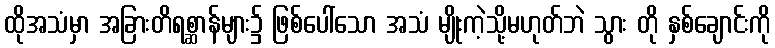
ထိုအသံမှာ အခြားတိရစ္ဆာန်များ၌ ဖြစ်ပေါ်သော အသံ မျိုးကဲ့သို့မဟုတ်ဘဲ သွား တို နှစ်ချောင်းကို